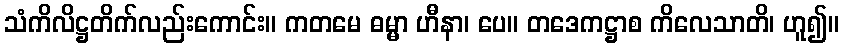
သံကိလိဋ္ဌတိက်လည်းကောင်း။ ကတမေ ဓမ္မာ ဟီနာ၊ ပေ။ တဒေကဋ္ဌာစ ကိလေသာတိ၊ ဟူ၍။